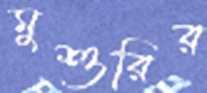
মুশুরির